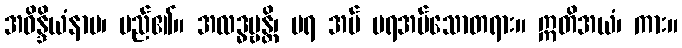
အဝိန္ဒိယံနာမ၊ မည်၏။ အလဒ္ဓဗ္ဗန္တိ၊ မရ အပ် မရအပ်သောတရား။ ဣတိအယံ၊ ကား။